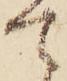
て